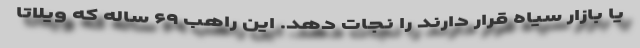
یا بازار سیاه قرار دارند را نجات دهد. این راهب ۶۹ ساله که ویلاتا